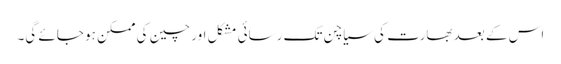
اس کے بعد بھارت کی سیاچن تک رسائی مشکل اور چین کی ممکن ہو جائے گی۔